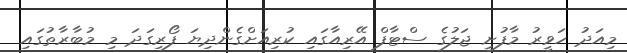
މިއަދު ހަވީރު މާފުށީ ޖަލުގެ ސްޓާފް އޭރިއާގައި ކުރިއަށްގެންދިޔަ ފޯރިގަދަ މި މުބާރާތުގައި